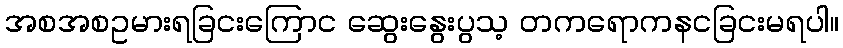
အစအစဥမားရခြငးကြောင ဆွေးနွေးပွသ့ တကရောကနငခြငးမရပါ။